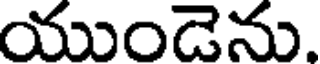
యుండెను.